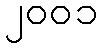
၂၀၀၁